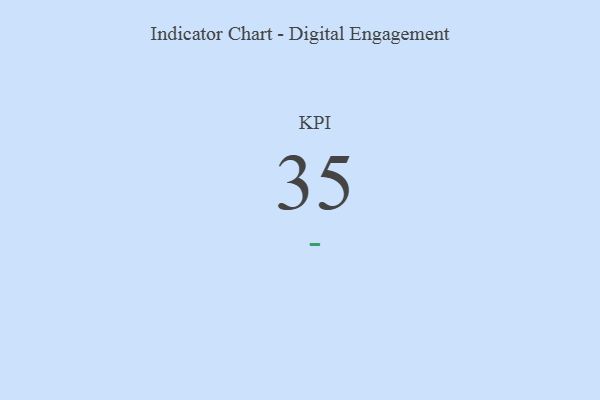
{"axis": {"x": "KPI", "y": "Value"}, "legend": [""], "data": [{"x": "KPI", "y": 35, "type": ""}]}